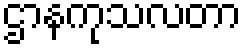
ဌာနကုသလတာ